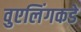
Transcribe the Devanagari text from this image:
वुएलिंगकडे